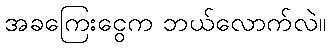
အခကြေးငွေက ဘယ်လောက်လဲ။